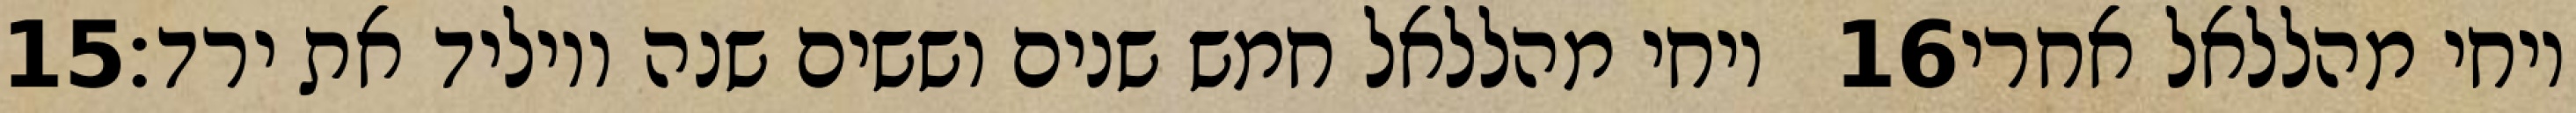
‎15‏ ויחי מהללאל חמש שנים וששים שנה ויוליד את ירד׃ ‎16‏ ויחי מהללאל אחרי